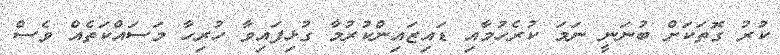
ކުރު ގޮތަކަށް ބުނަނީ ނަމަ ކުރެހުމާއި ޑައިޒައިންކުރުމާ ގުޅިފައިވާ ހުރިހާ މަސައްކަތެއް ވެސް